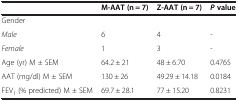
<table><thead><tr><td></td><td><b>M-AAT (n = 7)</b></td><td><b>Z-AAT (n = 7)</b></td><td><b><i>P</i>value</b></td></tr></thead><tbody><tr><td>Gender</td><td></td><td></td><td></td></tr><tr><td><i>Male</i></td><td>6</td><td>4</td><td>-</td></tr><tr><td><i>Female</i></td><td>1</td><td>3</td><td>-</td></tr><tr><td>Age (yr) M ± SEM</td><td>64.2 ± 21</td><td>48 ± 6.70</td><td>0.4765</td></tr><tr><td>AAT (mg/dl) M ± SEM</td><td>130 ± 26</td><td>49.29 ± 14.18</td><td>0.0184</td></tr><tr><td>FEV<sub>1</sub> (% predicted) M ± SEM</td><td>69.7 ± 28.1</td><td>77 ± 15.20</td><td>0.8231</td></tr></tbody></table>